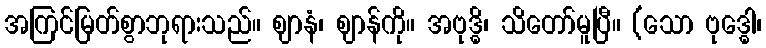
အကြင်မြတ်စွာဘုရားသည်။ ဈာနံ၊ ဈာန်ကို။ အဗုဒ္ဓိ၊ သိတော်မူပြီ။ (သော ဗုဒ္ဓေါ၊